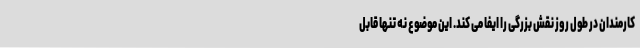
کارمندان در طول روز نقش بزرگی را ایفا می کند. این موضوع نه تنها قابل